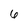
Character: 6